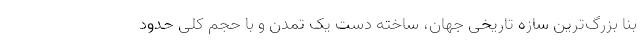
بنا بزرگ‌ترین سازه‌ تاریخی‌ جهان، ساخته دست یک تمدن و با حجم کلی حدود